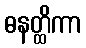
ဓနတ္ထိကာ